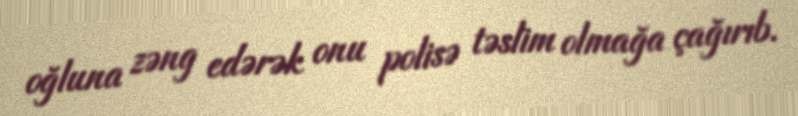
oğluna zəng edərək onu polisə təslim olmağa çağırıb.